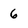
Character: 6